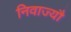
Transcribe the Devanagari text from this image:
निवाज्यौ